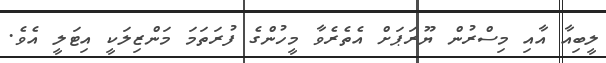
ލީބިއާ އާއި މިސްރުން ޔޫރަޕަށް އެތެރެވާ މީހުންގެ ފުރަތަމަ މަންޒިލަކީ އިޓަލީ އެވެ.